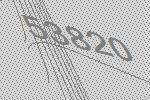
53820